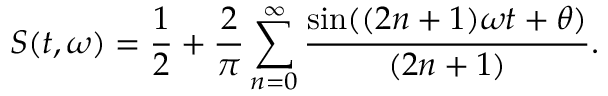
S ( t , \omega ) = \frac { 1 } { 2 } + \frac { 2 } { \pi } \sum _ { n = 0 } ^ { \infty } \frac { \sin ( ( 2 n + 1 ) \omega t + \theta ) } { ( 2 n + 1 ) } .